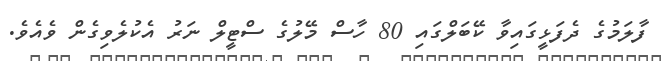
ފާލަމުގެ ދެފަޅީގައިވާ ކޭބަލްގައި 80 ހާސް މޭލުގެ ސްޓީލް ނަރު އެކުލެވިގެން ވެއެވެ.